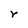
Character: r